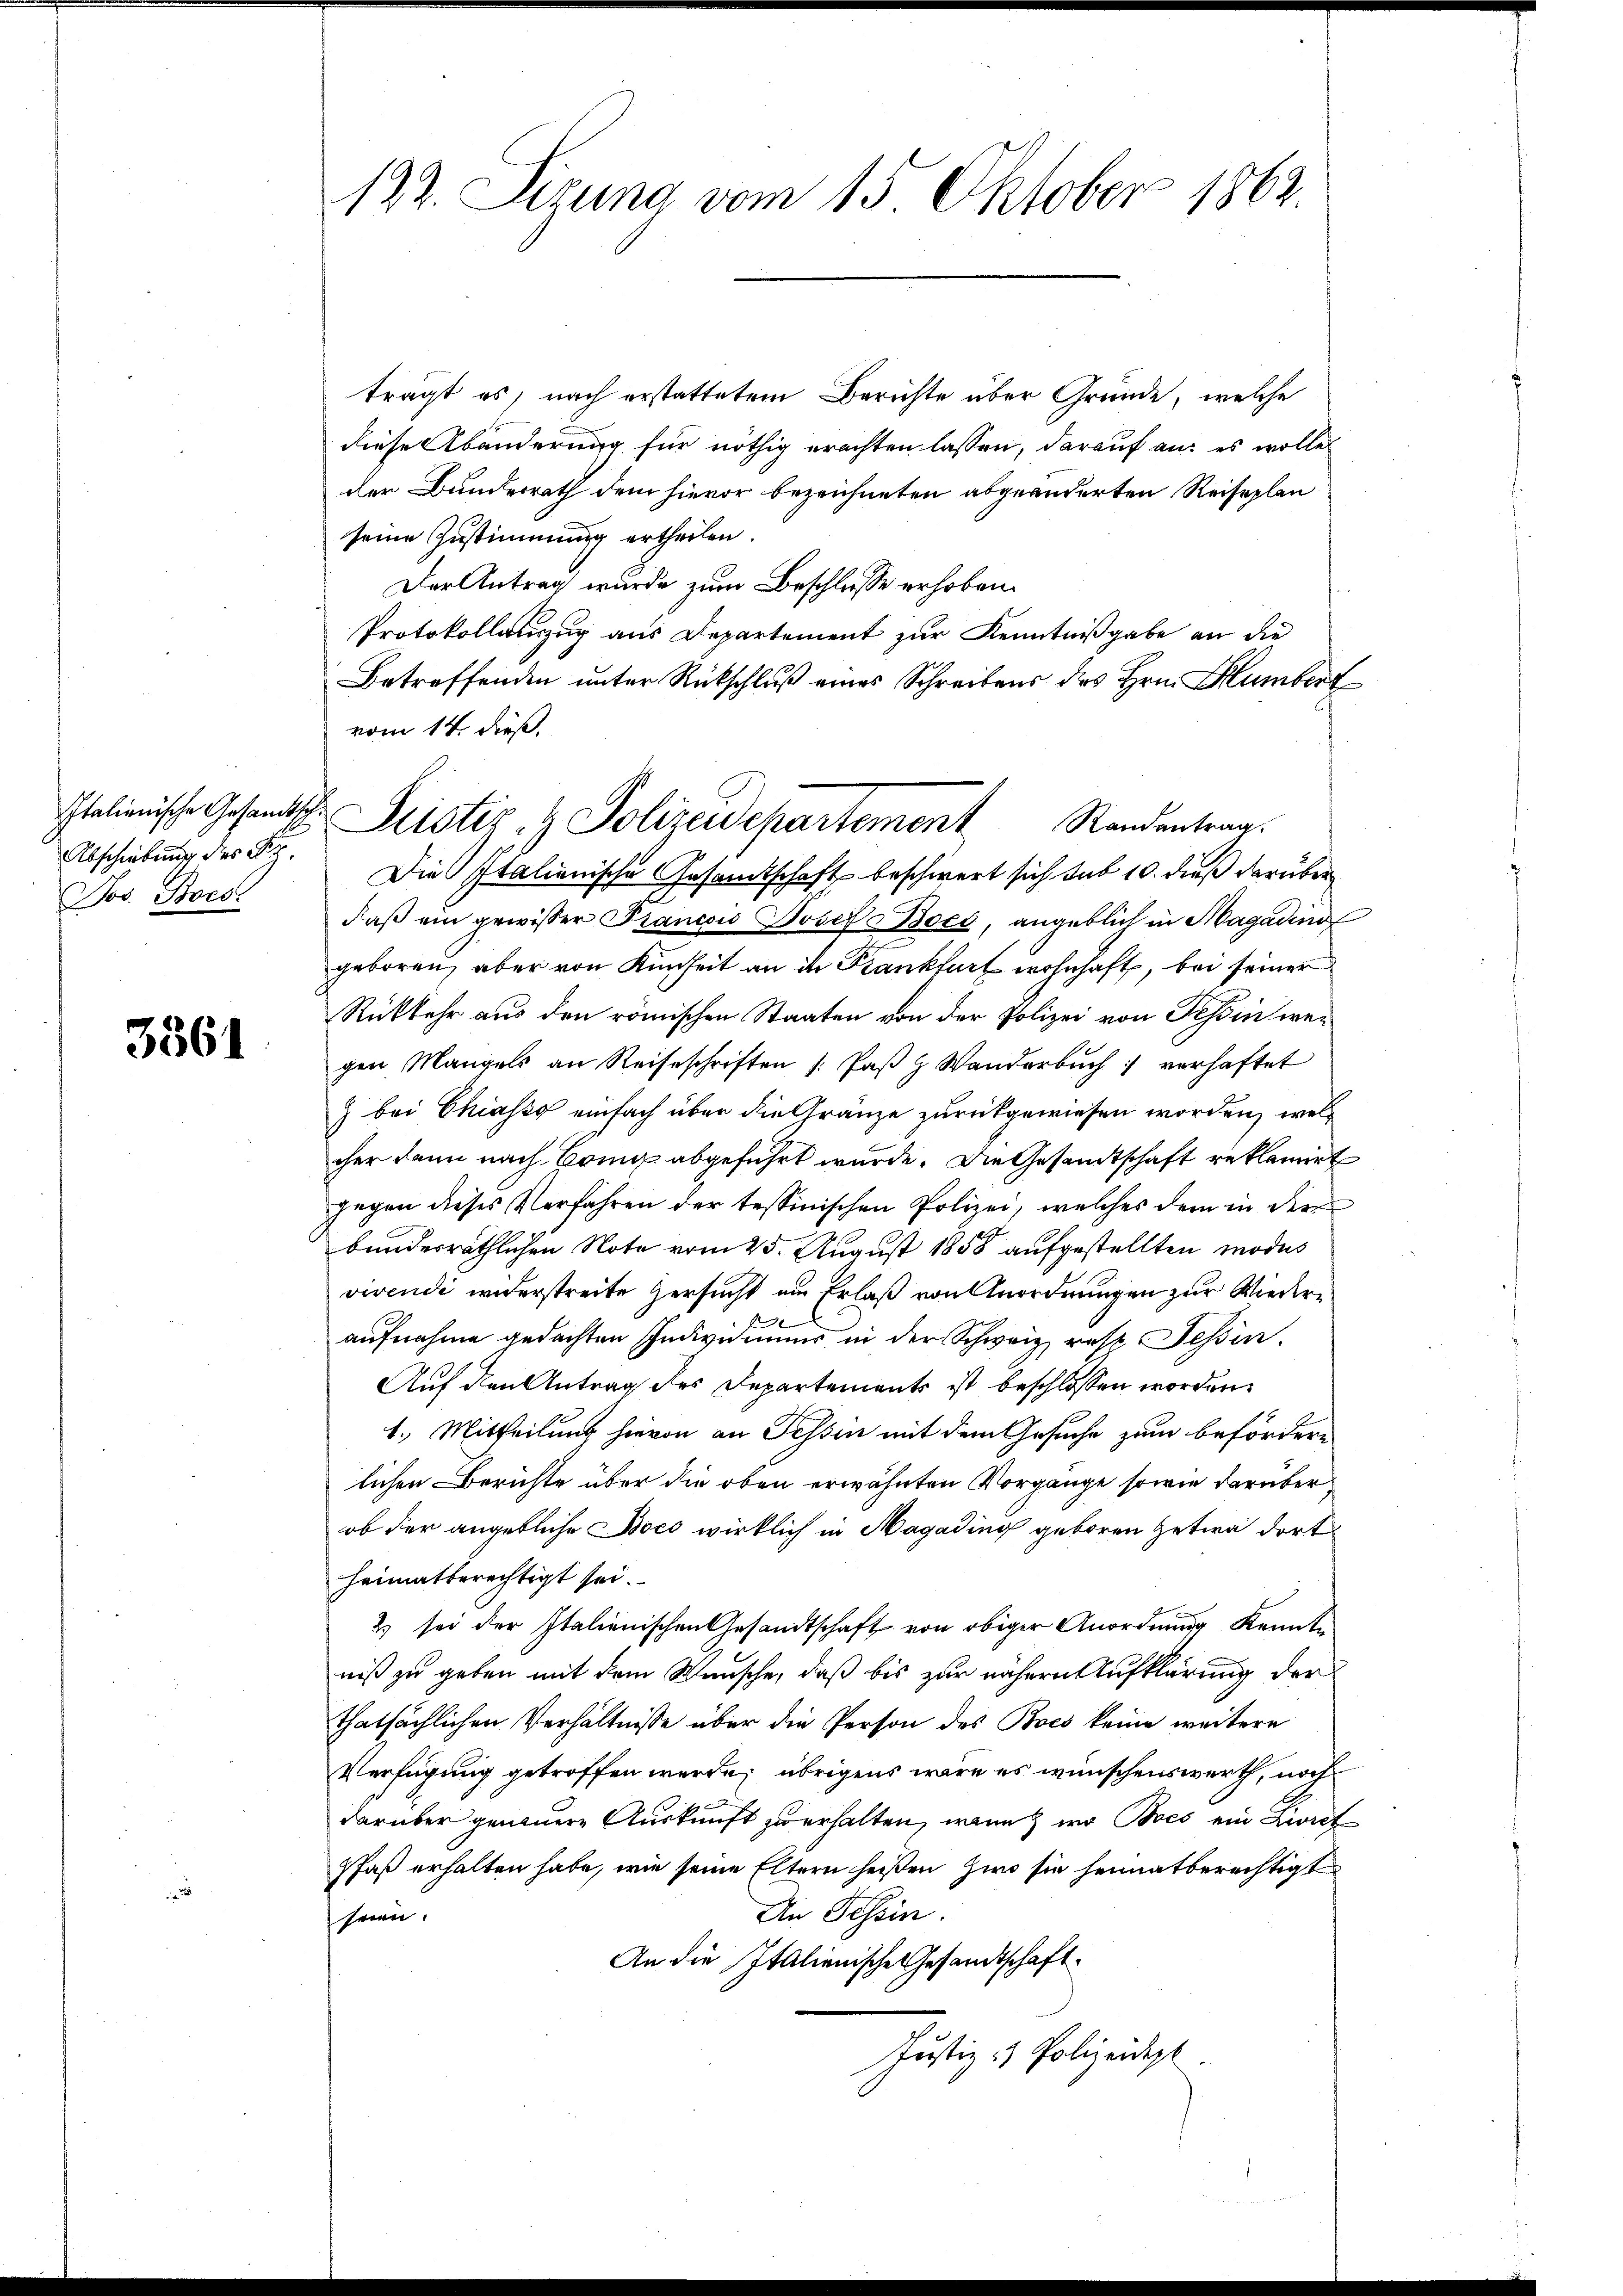
Abschiebung des Fie
Jos. Boes.

3561

122. Sizung vom 15. Oktober 1862.

trägt es, nach erstattetem Berichte über Gründe, welche
diese Abänderung für nöthig erachten lassen, darauf an: es wolle
der Bunderrath dem hievor bezeichneten abgeänderten Reiseplen
seine Zustimmung ertheilen.
Der Antrag wurde zum Beschlusse erhoben.
Protokollauszug aus Departement zur Kenntnißgabe an die
Betreffenden unter Rückschluß eines Schreibens des Hrn. Humbert
vom 14. dieß.
Die Italienische Gesamtschaft beschwert sich sub 10. dieß darüber
daβ ein gewisser Francois Josefa Boco, angeblich in Magading
geboren, aber von Kindheit an in Krankfurt wohnhaft, bei seiner
Rükkehr aus den römischen Staaten von der Polizei von Tessin wegen Mangels an Reiseschriften /: Paβ z. Wanderbŭch verhaftet
) bei Chiasso einfach über die Franze zurückgewiesen worden, welch
cher dann nach Bruns abgeführt wurde. Die Gesandtschaft reklamirt
gegen dieses Verfahren der tessinischen Polizei, welches dem in der
bundesräthlichen Note vom 25. August 1858 aufgestellten modus
vivendi widerstreite Versucht um Erlaß von Anordnungen zur Wiederf
aufnahme gedachten Individuums in der Schweiz, resp. Tessin.
Auf den Antrag des Departements ist beschlossen worden.
1.) Mittheilung hievon an Tessin mit dem Gesuche zum befördern
lichen Berichte über die oben erwähnten Vorgänge sowie darüber
ob der angebliche Bocs wirklich in Magading geboren etwa dort
heimatberechtigt sei.
2) sei der Italienischen Gesandtschaft von obiger Anordnung kennte
niß zu geben mit dem Wunsche, daß bis zur nähere Aufklärung der
thatsächlichen Verhältnisse über die Person des Bocs keine weitere
Verfügung getroffen werde; übrigens wäre es wünschenswerth, noch
darüber genauere Auskunft zu erhalten, wenn wo Boes ein Livret
faß erhalten habe, wie seine Eltern heißen zwo sie heimatberechtigt
An Tessin.
heren.
An die Italienische Gesandtschaft
Justiz & Polizeidigt

Italienische Gesandtsche Fristiz- & Polizeidepartement Randentrag.